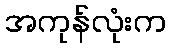
အကုန်လုံးက